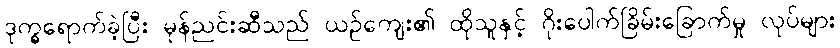
ဒုက္ခရောက်ခဲ့ပြီး မုန်ညင်းဆီသည် ယဉ်ကျေး၏ ထိုသူနှင့် ဂိုးပေါက်ခြိမ်းခြောက်မှု လုပ်များ